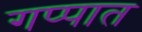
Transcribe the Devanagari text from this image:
गप्पात